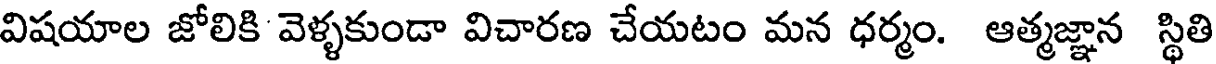
విషయాల జోలికి వెళ్ళకుండా విచారణ చేయటం మన ధర్మం. ఆత్మజ్ఞాన స్థితి